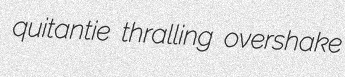
quitantie thralling overshake